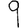
Digit: 9